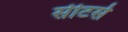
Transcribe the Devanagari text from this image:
सीटर्स